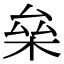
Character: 㕖